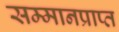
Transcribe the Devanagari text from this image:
सम्मानप्राप्त